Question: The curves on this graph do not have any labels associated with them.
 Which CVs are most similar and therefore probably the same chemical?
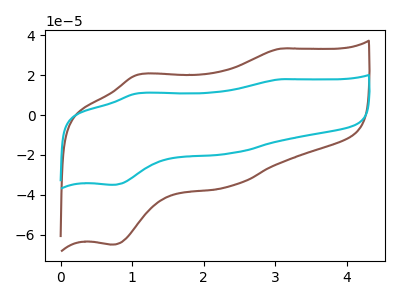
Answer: <think>The brown curve "brown" has anodic peaks at (3.05V, 33.30uA) (1.05V, 20.20uA) and cathodic peaks at (2.35V, -35.90uA) (0.70V, -64.95uA). The cyan curve "cyan" has anodic peaks at (3.05V, 17.95uA) (1.05V, 10.85uA) and cathodic peaks at (2.35V, -19.30uA) (0.70V, -35.00uA).
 All the peaks in "brown" have a peak in "cyan" at the same potential. Every peak in "brown" is higher than every peak in "cyan".</think>
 <answer>"brown" and "cyan" have the same shape and are likely CV's of the same chemical.</answer>
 <eval>"brown" "cyan"</eval>